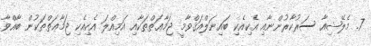
7. މެލޭޝިއާ ސަރުކާރުންނާއި އެކިއެކި ބައިނަލްއަޤްވާމީ ޖަމާޢަތްތަކާއި އަމިއްލަ އެކިއެކި ޖަމާޢަތްތަކުން ބާއްވާ